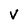
Character: V